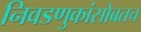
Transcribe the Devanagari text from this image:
निवडणुकांसोबतच